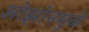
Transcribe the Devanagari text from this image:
ओझोनमुळे